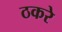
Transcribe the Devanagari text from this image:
ठकरे